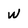
Character: w